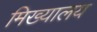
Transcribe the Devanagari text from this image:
मिख्यालय